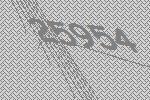
25954